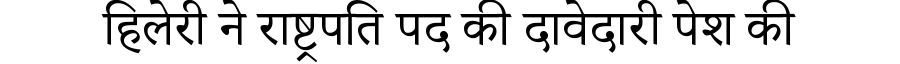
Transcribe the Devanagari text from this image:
हिलेरी ने राष्ट्रपति पद की दावेदारी पेश की